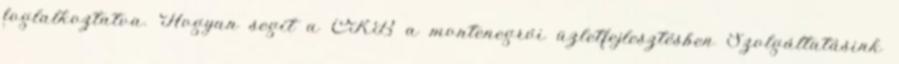
foglalkoztatva. Hogyan segít a CKB a montenegrói üzletfejlesztésben Szolgáltatásink